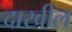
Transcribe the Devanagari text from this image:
दाखील